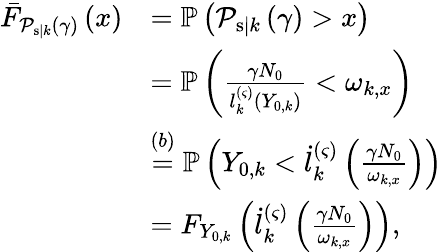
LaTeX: \begin{array}{rl}{\bar{F}_{\mathcal{P}_{\mathrm{s}|k}\left(\gamma\right)}\left(x\right)}&{=\mathbb{P}\left(\mathcal{P}_{\mathrm{s}|k}\left(\gamma\right)>x\right)}\\ &{=\mathbb{P}\left(\frac{\gamma N_{0}}{l_{k}^{\left(\varsigma\right)}\left(Y_{0,k}\right)}<\omega_{k,x}\right)}\\ &{\overset{(b)}{=}\mathbb{P}\left(Y_{0,k}<\dot{l}_{k}^{\left(\varsigma\right)}\left(\frac{\gamma N_{0}}{\omega_{k,x}}\right)\right)}\\ &{=F_{Y_{0,k}}\left(\dot{l}_{k}^{\left(\varsigma\right)}\left(\frac{\gamma N_{0}}{\omega_{k,x}}\right)\right),}\end{array}